Leprosy in India: report of the Leprosy Commission in India, 1890-91
Year: 1890
Disease focus: Leprosy
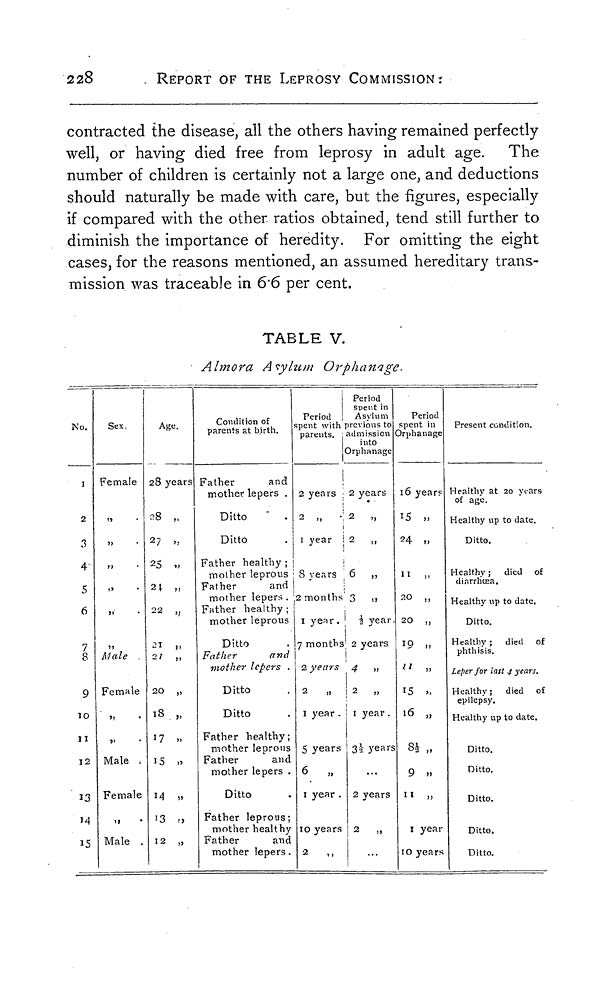
228
REPORT OF THE LEPROSY COMMISSION:
contracted the disease, all the others having remained perfectly
well, or having died free from leprosy in adult age. The
number of children is certainly not a large one, and deductions
should naturally be made with care, but the figures, especially
if compared with the other ratios obtained, tend still further to
diminish the importance of heredity. For omitting the eight
cases, for the reasons mentioned, an assumed hereditary trans-
mission was traceable in 6.6 per cent.
TABLE V.
Almora Asylum Orphanage.
No.
I
2
3
4
5
6
7
8
9
10
11
12
13
M
15
Sex.
Female
»
„
"
Male
Female
"
"
Male
Female
Male .
Age.
28 years
28 „
27 ,.
25 „
24 „
22 „
21 "
20 „
18 „
17 „
15 „
14 „
13 „
12 „
Condition of
parents at birth.
Father
and
mother lepers .
Ditto
Ditto
Father healthy ;
mother leprous
Father
and
mother lepers .
Father healthy ;
mother leprous
Ditto
Father
and
mother lepers .
Ditto
Ditto
Father healthy;
mother leprous
Father
and
mother lepers .
Ditto
Father leprous;
mother healthy
Father
and
mother lepers.
Period
spent with
parents.
2 years
2 „
1 year
8 years
2 months
1 year.
7 months
2 years
2 „
1 year .
5 years
6
„
1 year .
10 years
2
,,
Period
spent in
Asylum
previous to
admission
into
Orphanage
2 years
2 „
2 ,,
6 „
3 ,,
1/2 year.
2 years
4 »
2 „
1 year.
3 1/2 years
2 years
2
,,
Period
spent in
Orphanage
16 years
15 „
24 „
11 ,,
20 „
20 ,,
19 „
11 „
15 „
16 „
81/2 „
9 „
11
,.
1 year
10 years
Present condition.
Healthy at 20 years
of age.
Healthy up to date.
Ditto.
Healthy ; died of
diarrhoea.
Healthy up to date.
Ditto.
Healthy ; died of
phthisis.
Leper for last 4 years.
Healthy; died of
epilepsy.
Healthy up to date.
Ditto.
Ditto.
Ditto.
Ditto.
Ditto.